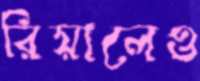
রিয়ালেও